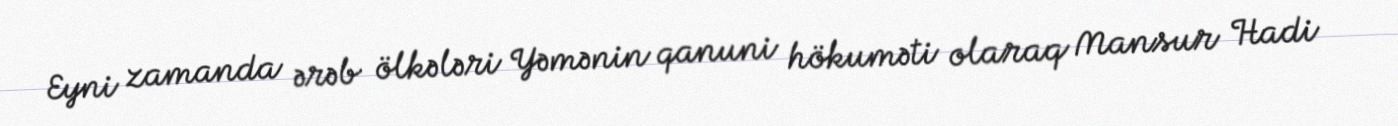
Eyni zamanda ərəb ölkələri Yəmənin qanuni hökuməti olaraq Mansur Hadi